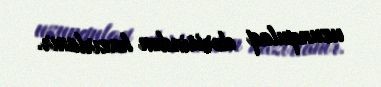
uzunqulaq dərisindən hazırlanır.